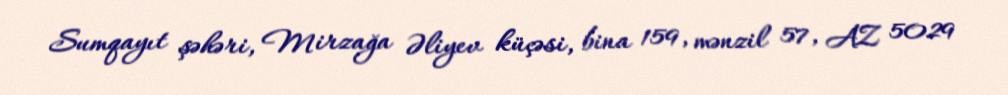
Sumqayıt şəhəri, Mirzağa Əliyev küçəsi, bina 159, mənzil 57, AZ 5029